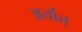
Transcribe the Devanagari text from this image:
अर्तात्